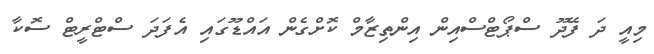
މިއީ ދަ ފޭދޫ ސްޕޯޓްސްއިން އިންތިޒާމް ކޮށްގެން އައްޑޫގައި އެފަދަ ސްޓްރީޓް ސޮކާ